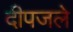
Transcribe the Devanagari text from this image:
दीपजले